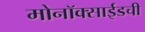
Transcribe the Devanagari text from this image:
मोनॉक्साईडची